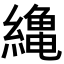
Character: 𦅥